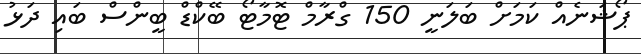
ޕޯޝަނެއް ކަމަށް ބަލަނީ 150 ގްރާމް ޓޮމާޓޯ ބޭކްޑް ބީންސް ބައި ދަޅު